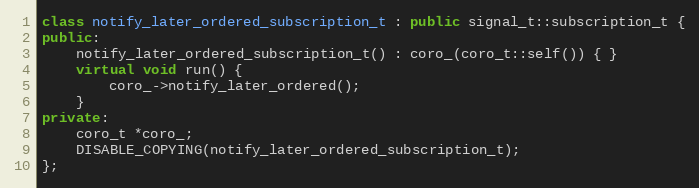
Language: C++
class notify_later_ordered_subscription_t : public signal_t::subscription_t {
public:
    notify_later_ordered_subscription_t() : coro_(coro_t::self()) { }
    virtual void run() {
        coro_->notify_later_ordered();
    }
private:
    coro_t *coro_;
    DISABLE_COPYING(notify_later_ordered_subscription_t);
};